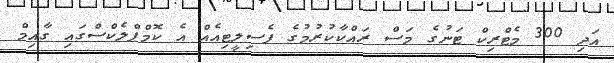
އަދި 300 މެޓްރިކް ޓަނުގެ މަސް ރައްކާކުރުމުގެ ފެސިލީޓިއެއް އެ ކޮމްޕްލެކްސްގައި ގާއިމް